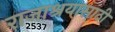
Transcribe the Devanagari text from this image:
राजाश्रयासाठी